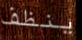
ينظف